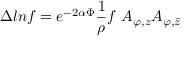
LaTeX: \Delta l n f = e ^ { - 2 \alpha \Phi } { \frac { 1 } { \rho } } f \ A _ { \varphi , z } A _ { \varphi , \bar { z } }